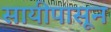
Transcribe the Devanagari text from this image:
सायीपासून